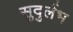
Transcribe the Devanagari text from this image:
सुदुर्लभ